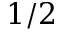
1 / 2